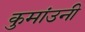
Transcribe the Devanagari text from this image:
कुमांउनी